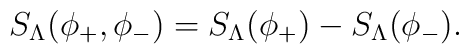
S_{\Lambda}(\phi_+,\phi_-) = S_{\Lambda}(\phi_+) - S_{\Lambda}(\phi_-) .